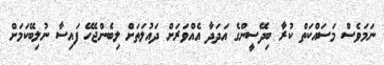
ނަމަވެސް މަސައްކަތް ކުރާ ބިދޭސީންގެ އަދަދާ އެއްވަރަށް ދައުލަތަށް ލިބެންޖެހޭ ފައިސާ ނުލިބޭކަމަށް